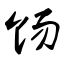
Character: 饧